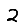
Digit: 2